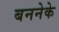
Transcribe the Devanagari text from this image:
बननेके